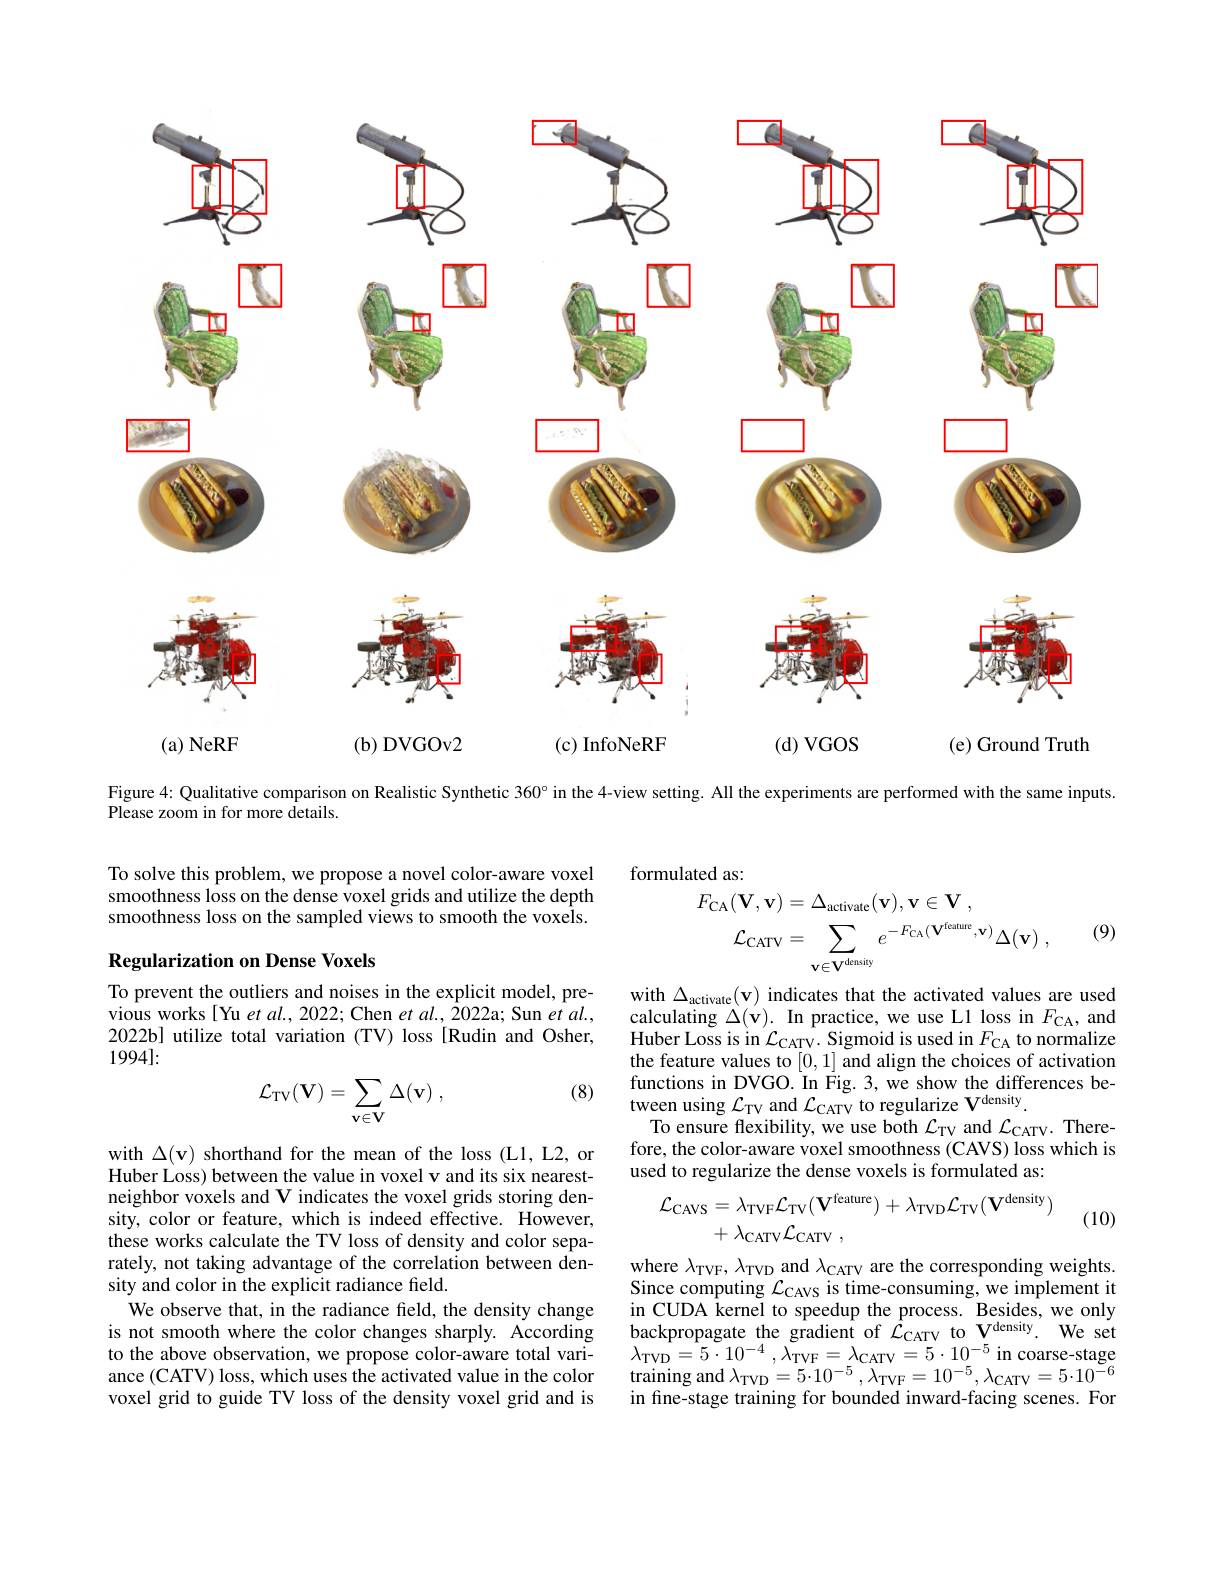
<FigureHere>

Figure 4: Qualitative comparison on Realistic Synthetic $360^{\circ}$ in the 4-view setting. All the experiments are performed with the same inputs

Please zoom in for more details.

formulated as:
$$\begin{aligned}F_{\mathrm{CA}}(\mathbf{V},\mathbf{v})&=\Delta_{\mathrm{activate}}(\mathbf{v}),\mathbf{v}\in\mathbf{V}\:,\\\mathcal{L}_{\mathrm{CATV}}&=\sum_{\mathbf{v}\in\mathbf{V}^{\mathrm{density}}}e^{-F_{\mathrm{CA}}(\mathbf{V}^{\mathrm{feature}},\mathbf{v})}\Delta(\mathbf{v})\:,\end{aligned}$$
To solve this problem, we propose a novel color-aware voxel smoothness loss on the dense voxel grids and utilize the depth smoothness loss on the sampled views to smooth the voxels.

(9)

## Regularization on Dense Voxels

To prevent the outliers and noises in the explicit model, previous works[Yu et al., 2022; Chen et al., 2022a; Sun et al., 2022b] utilize total variation (TV) loss[Rudin and Osher, 1994]:

with $\Delta _{\mathrm{activate}}( \mathbf{v} )$ indicates that the activated values are used calculating $\Delta(\mathbf{v}).$ In practice, we use L1 loss in $F_{\mathrm{CA}}$, and Huber Loss is in $\mathcal{L}_\mathrm{CATV}.$ Sigmoid is used in $F_\mathrm{CA}$ to normalize the feature values to [0,1] and align the choices of activation functions in DVGO. In Fig. 3, we show the differences between using $\mathcal{L}_\mathrm{TV}$ and $\mathcal{L}_\mathrm{CATV}$ to regularize $\mathbf{V}^\mathrm{density}.$
To ensure flexibility, we use both $\mathcal{L}_\mathrm{TV}$ and $\mathcal{L}_\mathrm{CATV}.$ Therefore, the color-aware voxel smoothness (CAVS) loss which is used to regularize the dense voxels is formulated as:

(8)
$$\mathcal{L}_{\mathrm{TV}}(\mathbf{V})=\sum_{\mathbf{v}\in\mathbf{V}}\Delta(\mathbf{v})\:,$$
$$\begin{aligned}\mathcal{L}_{\mathrm{CAVS}}&=\lambda_{\mathrm{TVF}}\mathcal{L}_{\mathrm{TV}}(\mathbf{V}^{\mathrm{feature}})+\lambda_{\mathrm{TVD}}\mathcal{L}_{\mathrm{TV}}(\mathbf{V}^{\mathrm{density}})\\&+\lambda_{\mathrm{CATV}}\mathcal{L}_{\mathrm{CATV}}\:,\end{aligned}$$
(10)

with $\Delta(\mathbf{v})$ shorthand for the mean of the loss (L1, L2, or Huber Loss) between the value in voxel v and its six nearestneighbor voxels and V indicates the voxel grids storing density, color or feature, which is indeed effective. However, these works calculate the TV loss of density and color separately, not taking advantage of the correlation between density and color in the explicit radiance field.
We observe that, in the radiance field, the density change is not smooth where the color changes sharply. According to the above observation, we propose color-aware total vari- $\lambda_\mathrm{TVD}=5\cdot10^{-4},\lambda_\mathrm{TVF}=\lambda_\mathrm{CATV}=5\cdot10^{-5}$ in coarse-stage ance (CATV) loss, which uses the activated value in the color training and $\lambda_\mathrm{TVD}=5\cdot10^{-5},\lambda_\mathrm{TVF}=10^{-5},\lambda_\mathrm{CATV}=5\cdot10^{-6}$
voxel grid to guide TV loss of the density voxel grid and is

where $\lambda_\mathrm{TVF},\lambda_\mathrm{TVD}$ and $\lambda_\mathrm{CATV}$ are the corresponding weights. Since computing $\mathcal{L}_\mathrm{CAVS}$ is time-consuming, we implement it in CUDA kernel to speedup the process. Besides, we only backpropagate the gradient of $\mathcal{L}_\mathrm{CATV}$ to V$^\mathrm{density}.$ We set in fine-stage training for bounded inward-facing scenes. For